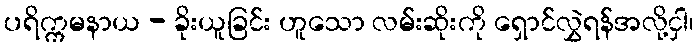
ပရိက္ကမနာယ - ခိုးယူခြင်း ဟူသော လမ်းဆိုးကို ရှောင်လွှဲရန်အလို့ငှါ၊